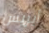
أيريس